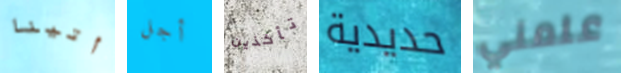
أتينا أجل تأخذين حديدية علمني